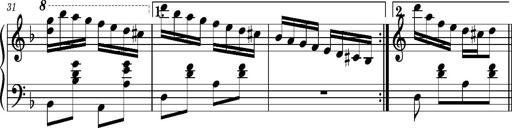
Title: Ungarischer Romanzero
Composer: Franz Liszt